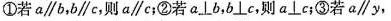
①若a∥b，b∥e，则a∥c；②若a⊥b，b⊥e，则a⊥c；③若a∥y，